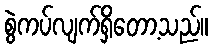
စွဲကပ်လျက်ရှိတော့သည်။